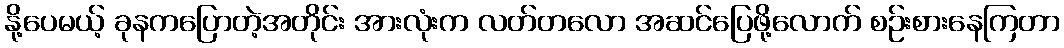
နို့ပေမယ့် ခုနကပြောတဲ့အတိုင်း အားလုံးက လတ်တလော အဆင်ပြေဖို့လောက် စဉ်းစားနေကြတာ